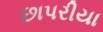
છાપરીયા